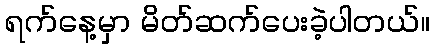
ရက်နေ့မှာ မိတ်ဆက်ပေးခဲ့ပါတယ်။